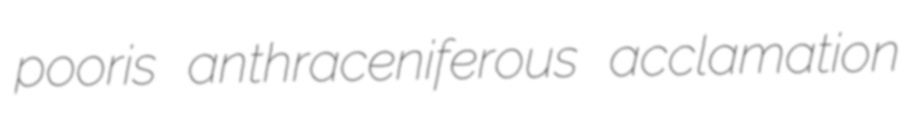
pooris anthraceniferous acclamation